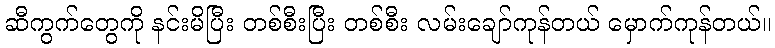
ဆီကွက်တွေကို နင်းမိပြီး တစ်စီးပြီး တစ်စီး လမ်းချော်ကုန်တယ် မှောက်ကုန်တယ်။